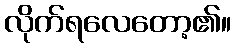
လိုက်ရလေတော့၏။